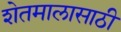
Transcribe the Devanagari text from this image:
शेतमालासाठी